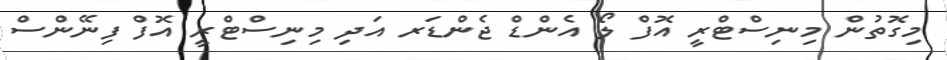
މިގޮތުން މިނިސްޓްރީ އޮފް ލޯ އެންޑް ޖެންޑަރ އަދި މިނިސްޓްރީ އޮފް ފިނޭންސް